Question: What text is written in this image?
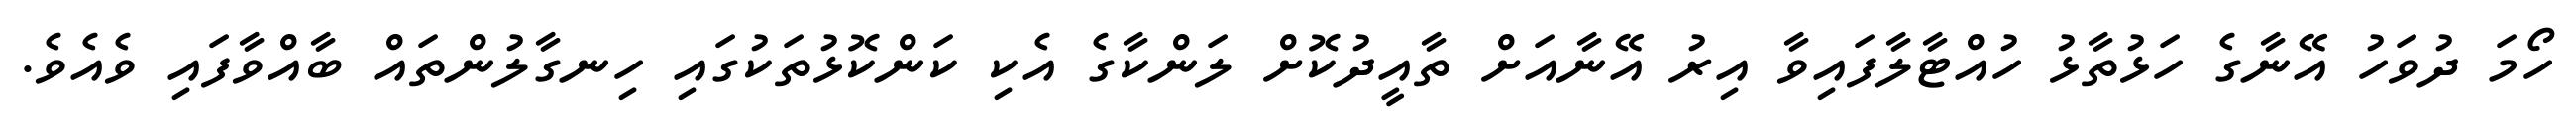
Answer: ހޯމަ ދުވަހު އޭނާގެ ހަޅުތާޅު ހުއްޓާލާފައިވާ އިރު އޭނާއަށް ތާއީދުކޮށް ލަންކާގެ އެކި ކަންކޮޅުތަކުގައި ހިނގާލުންތައް ބާއްވާފައި ވެއެވެ.